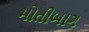
મોતીબાગ